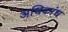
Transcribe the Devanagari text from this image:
अधिकांध